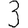
Digit: 3